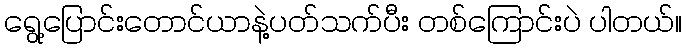
ရွေ့ပြောင်းတောင်ယာနဲ့ပတ်သက်ပီး တစ်ကြောင်းပဲ ပါတယ်။